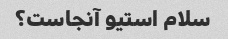
سلام استیو آنجاست؟